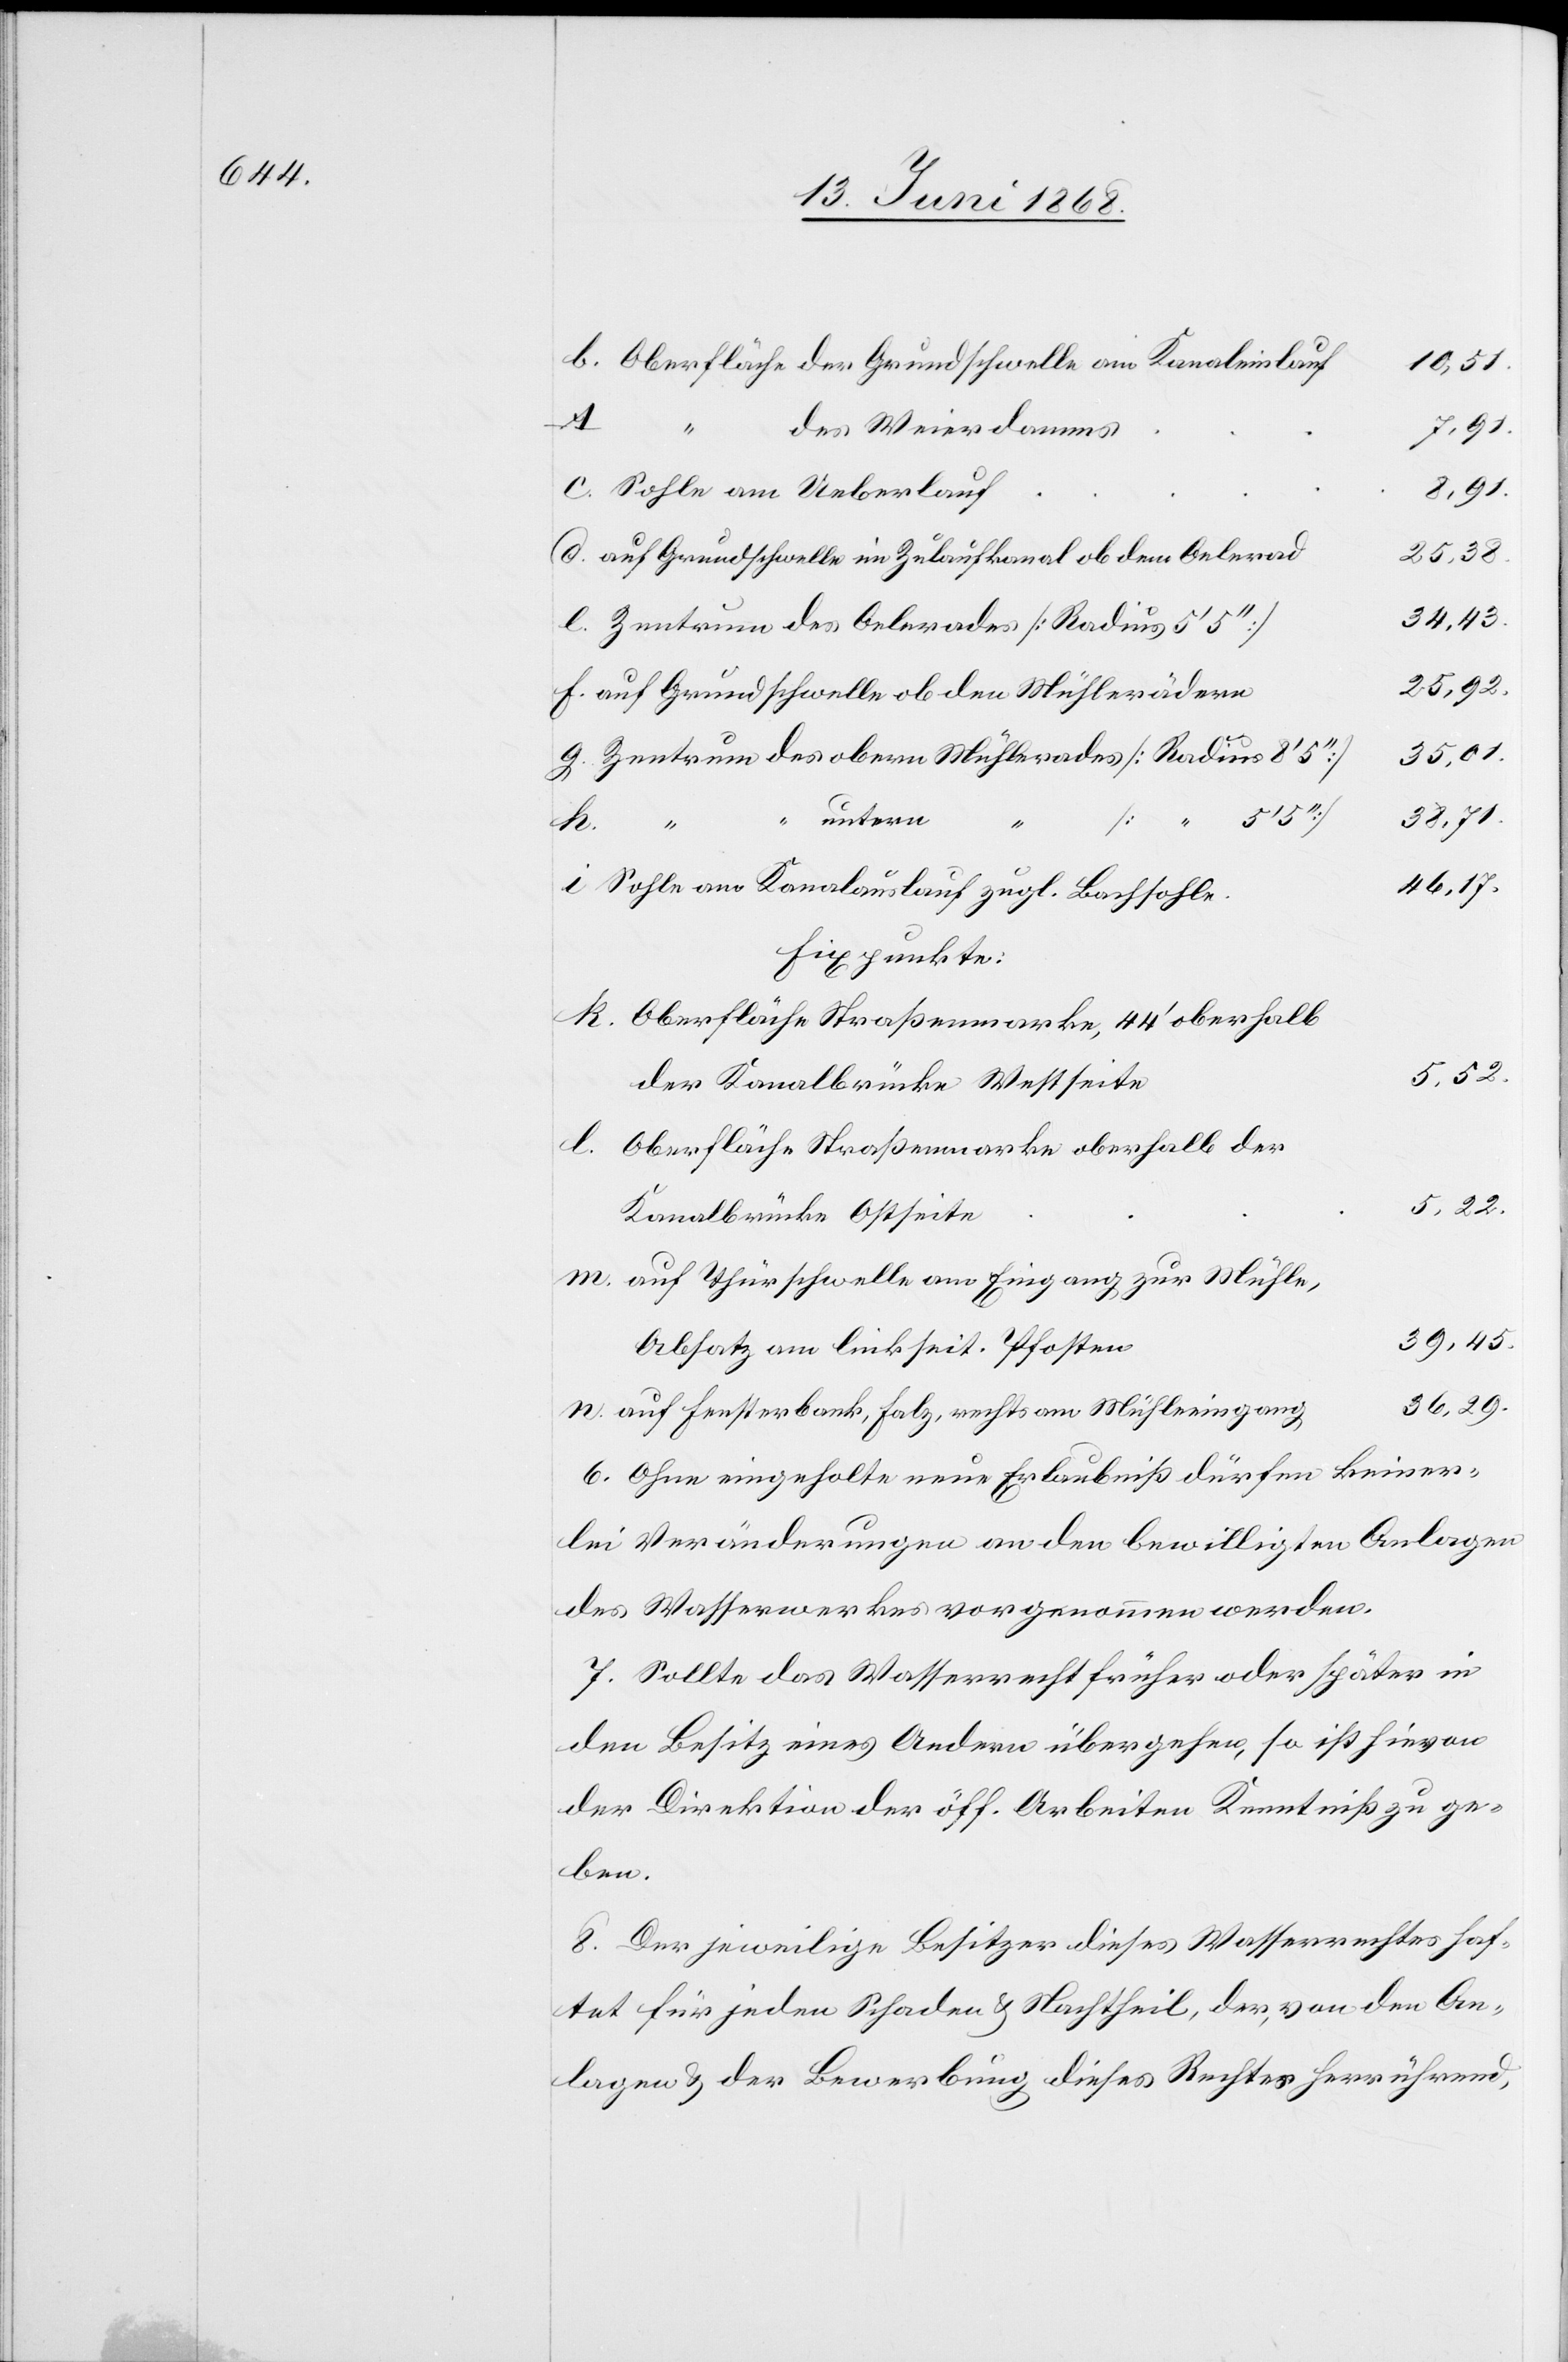
Oberfläche der Grundschwelle am Kanaleinlauf
10,51.
8,91.
des Weierdamms
c.
Sohle am Ueberlauf
auf Grundschwelle im Zulaufkanal ob dem Oelerad
25,38.
34,43.
Zentrum des Oelerades [Radius 5‘ 5‘‘]
25,92.
auf Grundschwelle ob den Mühlerädern
Zentrum des obern Mühlerades [Radius 8‘
35,01.
5,22.
m.
38,71.
untern
n.
“ “
46,17.
Sohle am Kanalauslauf zugl. Bachsohle.
Fixpunkte:
Oberfläche Straßenmarke, 44‘ oberhalb
der Kanalbrücke Westseite
Oberfläche Straßenmarke oberhalb der
Kanalbrücke Ostseite
auf Thürschwelle am Eingang zur Mühle,
39,45.
Absatz am linkseit. Pfosten
36,29.
auf Fensterbank, Falz, rechts am Mühleeingang
6. Ohne eingeholte neue Erlaubniß dürfen keiner¬
lei Veränderungen an den bewilligten Anlagen
des Wasserwerkes vorgenommen werden.
7. Sollte das Wasserrecht früher oder später in
den Besitz eines Andern übergehen, so ist hievon
der Direktion der öff. Arbeiten Kenntniß zu ge¬
ben.
8. Der jeweilige Besitzer dieses Wasserrechtes haf¬
tet für jeden Schaden & Nachtheil, der, von den An¬
lagen & der Bewerbung dieses Rechtes herrührend,